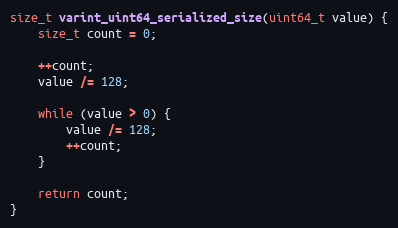
Language: C++
size_t varint_uint64_serialized_size(uint64_t value) {
    size_t count = 0;

    ++count;
    value /= 128;

    while (value > 0) {
        value /= 128;
        ++count;
    }

    return count;
}